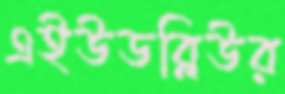
এইউডব্লিউর